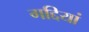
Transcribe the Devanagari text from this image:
गद्दियां